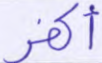
أكفر